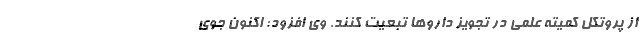
از پروتکل کمیته علمی در تجویز داروها تبعیت کنند. وی افزود: اکنون جوی